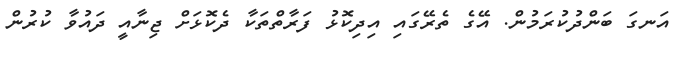
އަނގަ ބަންދުކުރަމުން. އޭގެ ތެރޭގައި އިދިިކޮޅު ފަރާތްތަކާ ދެކޮޅަށް ޖިނާއީ ދައުވާ ކުރުން